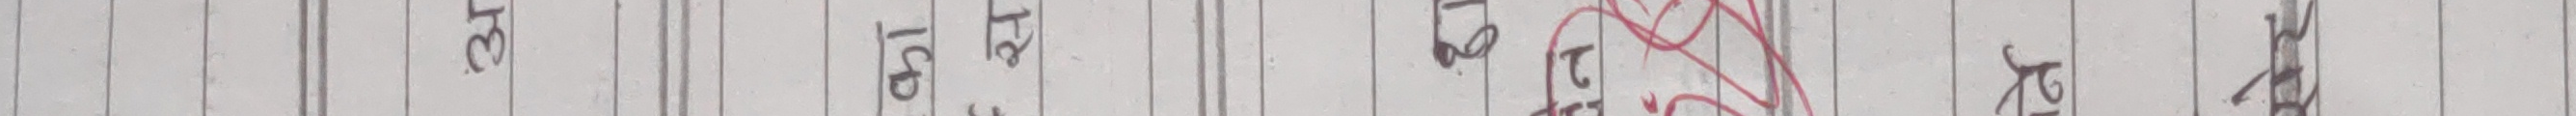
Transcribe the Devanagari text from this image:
पृष्ठ अं. ३ दि. २८ सि. १० जम्मा केही रकम